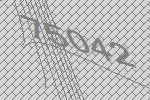
75042